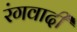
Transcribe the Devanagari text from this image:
रंगवादी